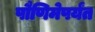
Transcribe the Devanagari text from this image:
पौणिमेपर्यंत